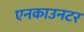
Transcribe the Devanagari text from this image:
एनकाउनटर